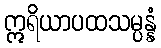
ဣရိယာပထသမ္ပန္နံ